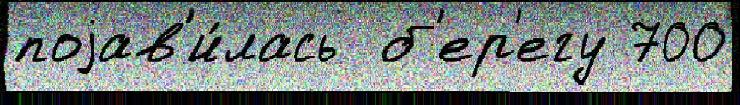
поjав'и́лась  б'ер'егу 700